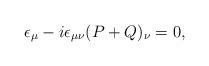
LaTeX: \begin{align*}\epsilon_\mu -i\epsilon_{\mu\nu}(P+Q)_\nu =0,\end{align*}